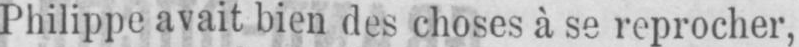
Philippe avait bien des choses à se reprocher,